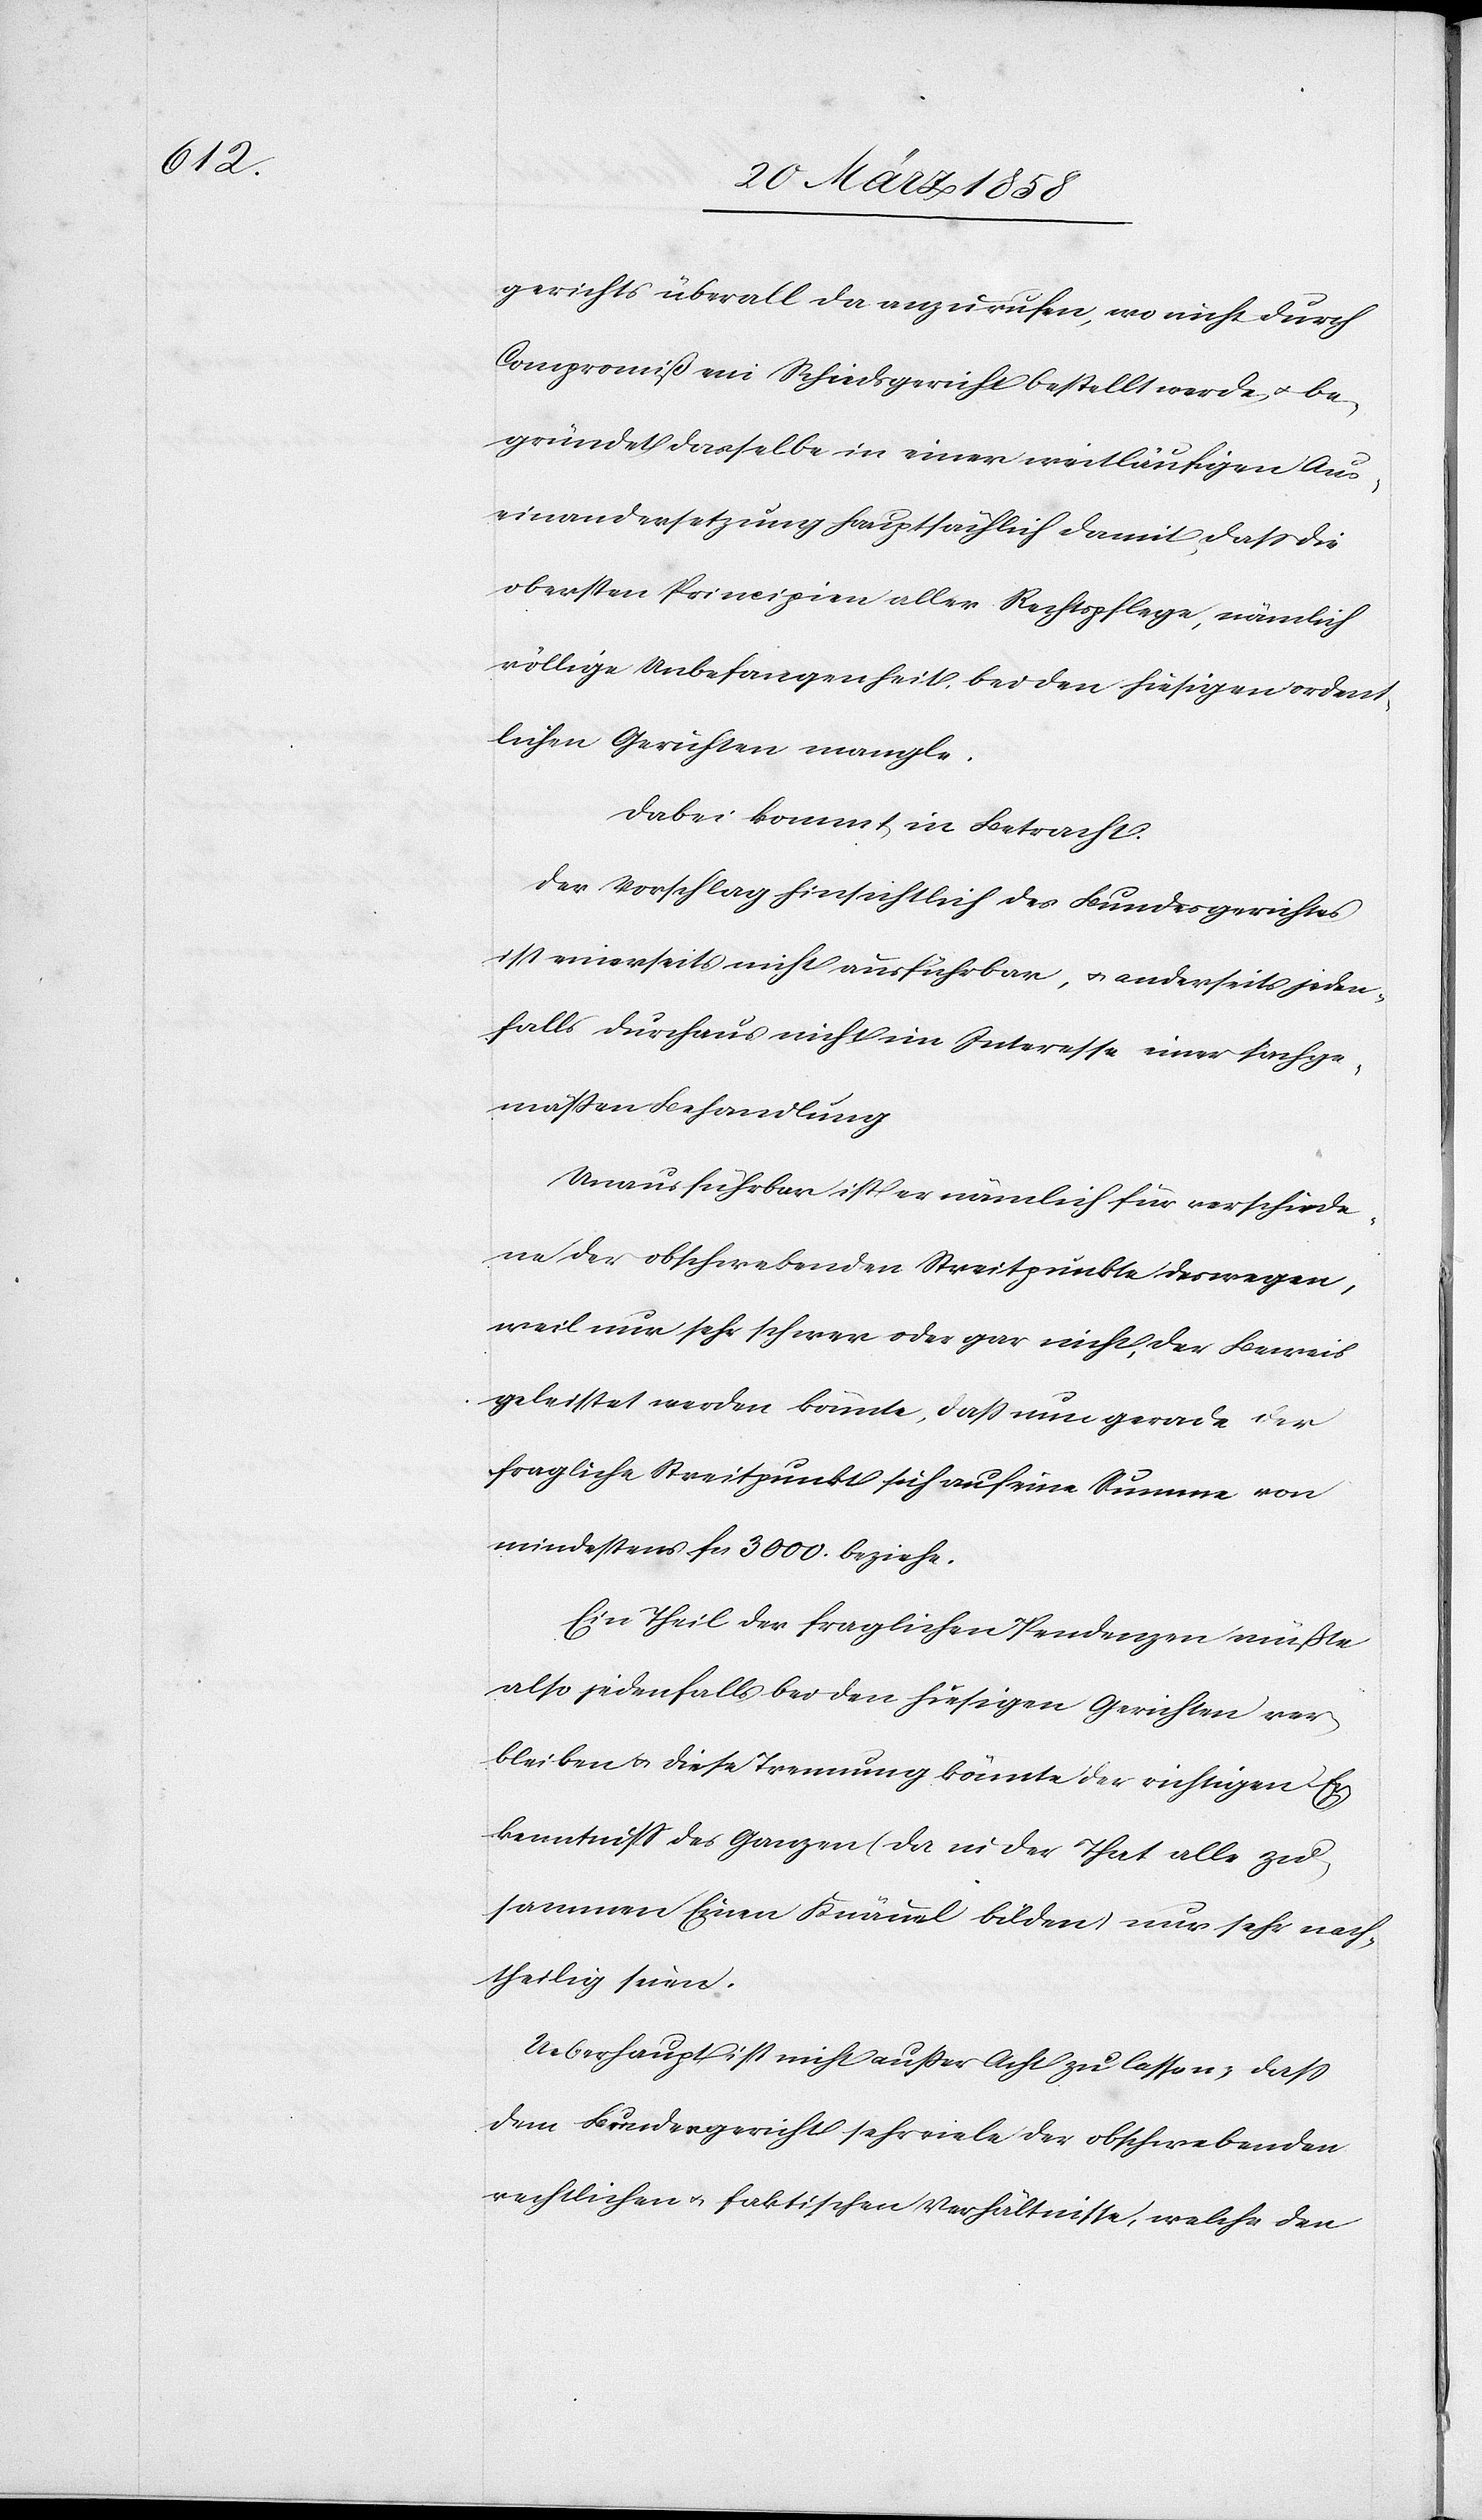
gerichts überall da anzurufen, wo nicht durch
Compromiß ein Schiedsgericht bestellt werde u. be¬
gründet dasselbe in einer weitläufigen Aus¬
einandersetzung hauptsächlich damit, daß die
obersten Principien aller Rechtspflege, nämlich
völlige Unbefangenheit bei den hiesigen ordent¬
lichen Gerichten mangle.
Dabei kommt in Betracht:
Der Vorschlag hinsichtlich des Bundesgerichtes
ist einerseits nicht ausführbar, u. anderseits jeden¬
falls durchaus nicht im Interesse einer sachge¬
mäßen Behandlung.
Unausführbar ist er nämlich für verschiede¬
ne obschwebenden Streitpunkte deswegen,
weil nun sehr schwer oder gar nicht der Beweis
geleistet werde könnte, daß nun gerade der
fragliche Streitpunkt sich auf eine Summe von
mindestens fcs. 3000. beziehe.
Ein Theil der fraglichen Pendenzen müßte
also jedenfalls bei den hiesigen Gerichten ver¬
bleiben u. diese Trennung könnte der richtigen Er¬
kenntniß des Ganzen (da in der That alle zu¬
sammen Einen Knäuel bilden) nur sehr nach¬
theilig seien.
Ueberhaupt ist nicht außer Acht zu lassen, daß
dem Bundesgericht sehr viele der obschwebenden
rechtlichen u. faktischen Verhältnisse, welche den